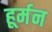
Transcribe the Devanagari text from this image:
हूर्मन